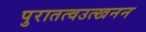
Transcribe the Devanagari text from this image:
पुरातत्वउत्खनन